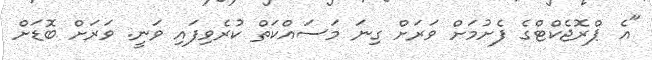
"އެ ޕްރޮޖެކްޓްގެ ފެށުމަށް ވަރަށް ގިނަ މަސައްކަތް ކުރެވިފައި ވަނީ. ވަރަށް ބޮޑަށް